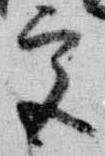
宮